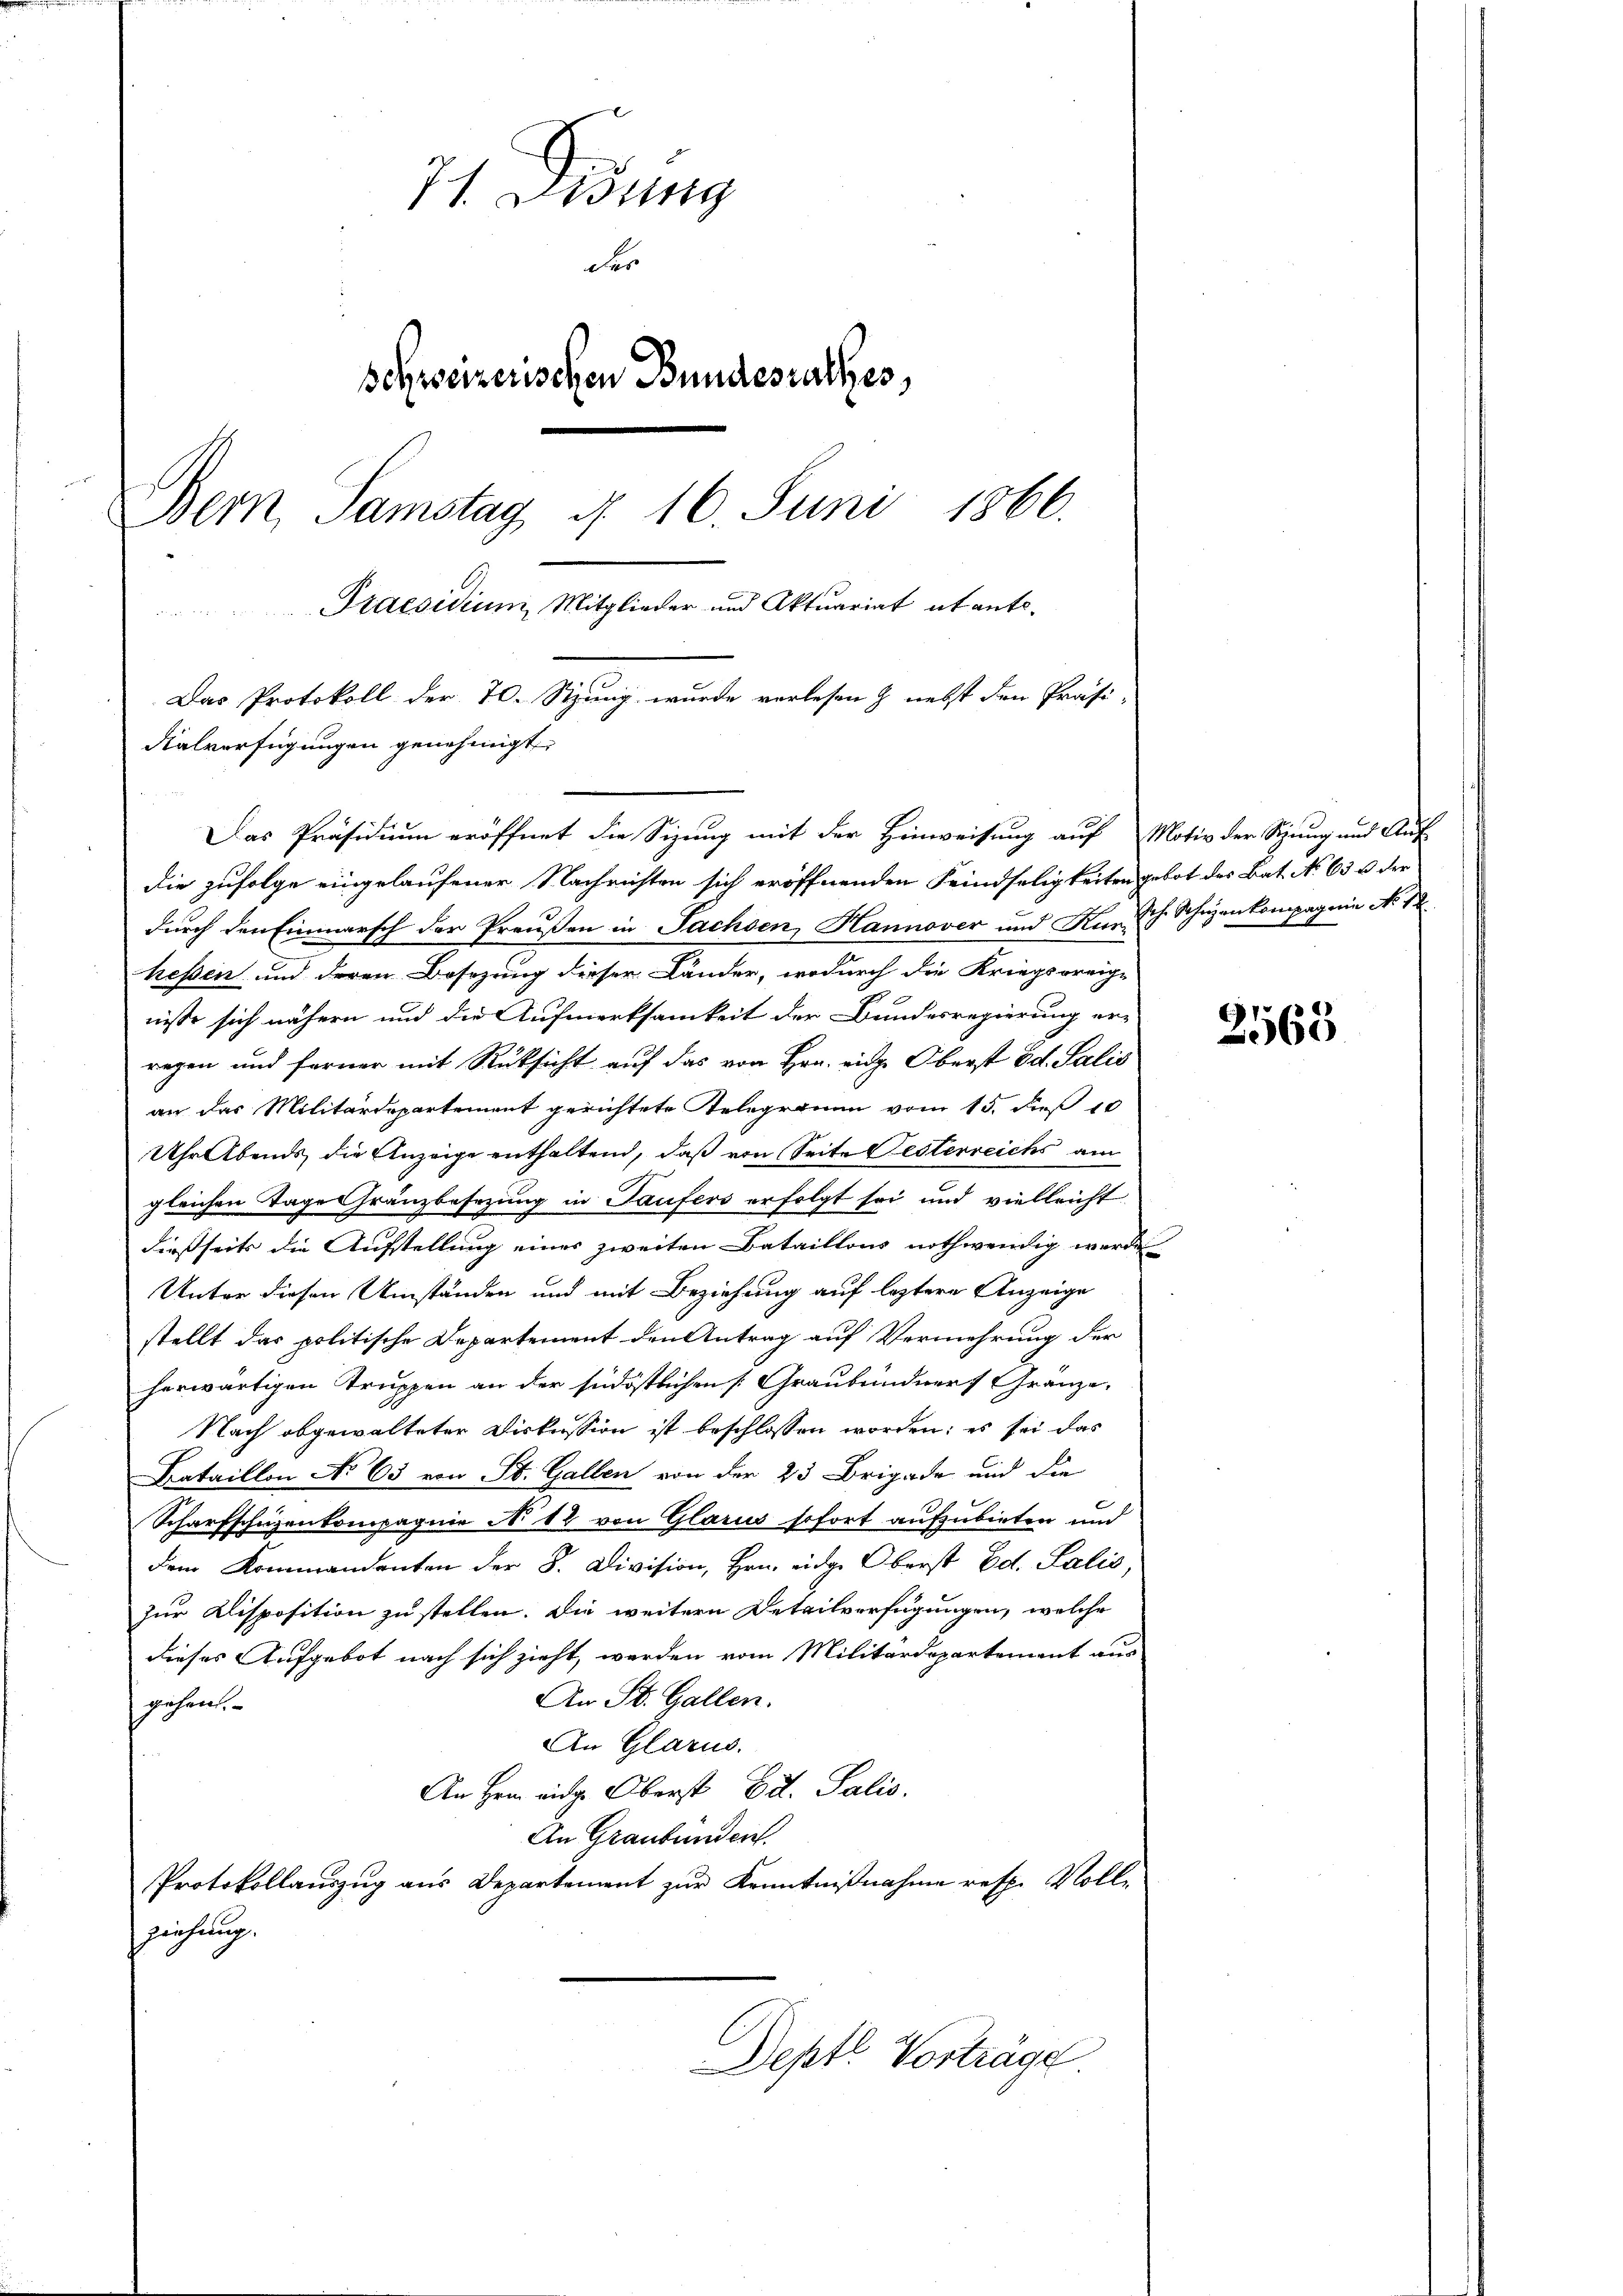
71 g
der
schweizerischen Bundesrathes,
Bern, Samstag, d. 16. Juni 1866.
Praesidium, Mitglieder und Aktuariat et ento.
e
Das Protokoll der 70. Stzung wurde verlesen & nebst den Präsi-
Kalverfügungen genehmigt.

die zufolge eingelaufener Nachrichten sich eröffnenden Feindseligkeiten gebot des Bat. No 63 u. der
durch den Einmarsch der Preußen in Fachsen, Hannover und Kurz
hessen und deren Besizung dieser Länder, wodurch die Kriegsoreige
nisse sich nähern und die Aufmerksamkeit der Bundesregierung er-
regen und ferner mit Rüksicht auf das von Hrn. eidg. Oberst Ed. Salis
an das Militärdepartement gerichtete Telegramm vom 15. dieß 10
Uhr Abends die Anzeige enthaltend, daß von Seite Festerreichs am
gleichen Tage Gränzbesezung in Taufers erfolgt sei und vielleicht
dießseits die Aufstellung eines zweiten Bataillons nothwendig werde
Unter diesen Umständen und mit Beziehung auf leztere Anzeige
stellt das politische Departement den Antrag auf Vermehrung der
herwärtigen Truppen an der südöstlichen Graubündners Gränze.
Nach abgewalteter Diskussion ist beschlossen worden; es sei das
Bataillon No 63 von St. Gallen von der 23 Brigade und die
Scharfschüzenkompagnie No. 12 von Glarus sofort aufzubieten und
dem Kommandanten der 8. Division, Hrn. eidge Oberst Ed. Salis,
zur Klisposition zu stellen. Die weitern Detailverfügungen, welche
dieses Aufgebot nach sich zieht, werden vom Militärdepartement aus
An St. Gallen.
gehen.
An Glarus.
An Hrn. eidg. Oberst Ed. Salis
An Graubünden.
Protokollauszug aus Departement zur Kenntnißnahme resp. Voll-
zeichung.
Deptl Vorträge

Das Präsidium eröffnet die Sizung mit der Hinweisung auf Motiv der Sipung und Auf-

Ich. Schnen kompagnie No 12

2565